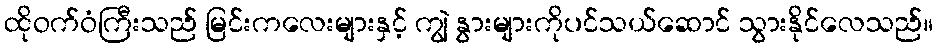
ထိုဝက်ဝံကြီးသည် မြင်းကလေးများနှင့် ကျွဲ နွားများကိုပင်သယ်ဆောင် သွားနိုင်လေသည်။